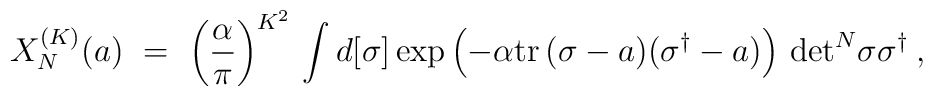
X_N^{(K)}(a) \ = \ \left(\frac{\alpha}{\pi}\right)^{K^2}                   \, \int d[\sigma]  \exp\left(-\alpha{{\rm tr}\,}(\sigma-a)(\sigma^\dagger-a)\right)                   \, {\rm det}^N\sigma\sigma^\dagger \:,